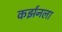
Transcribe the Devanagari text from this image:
कर्झनला